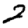
Digit: 2